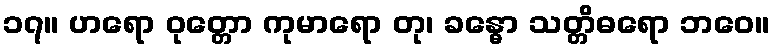
၁၇။ ဟရော ဝုတ္တော ကုမာရော တု၊ ခန္ဓော သတ္တိဓရော ဘဝေ။